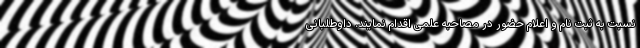
نسبت به ثبت نام و اعلام حضور در مصاحبه علمی اقدام نمایند. داوطلبانی